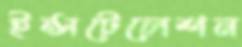
ইন্সটেলেশন